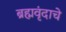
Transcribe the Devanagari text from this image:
ब्रह्मवृंदाचे